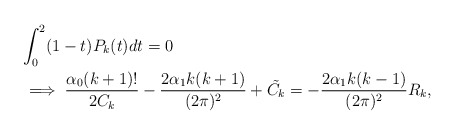
\begin{align*} &\int_{0}^{2}(1-t)P_{k}(t)dt=0\\ &\implies \frac{\alpha_{0}(k+1)!}{2C_{k}}-\frac{2\alpha_{1}k(k+1)}{(2\pi)^{2}}+\tilde{C_{k}}=-\frac{2\alpha_{1}k(k-1)}{(2\pi)^{2}}R_{k}, \end{align*}